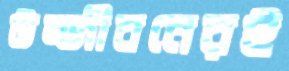
উজ্জীবনেরই